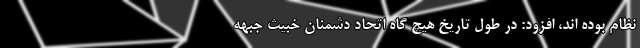
نظام بوده اند، افزود: در طول تاریخ هیچ گاه اتحاد دشمنان خبیث جبهه